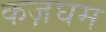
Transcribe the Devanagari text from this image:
कज़घम